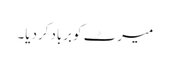
میرٹ کوبربادکردیا۔